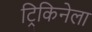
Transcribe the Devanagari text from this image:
ट्रिकिनेला